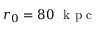
r _ { 0 } = 8 0 ~ \mathrm { ~ k ~ p ~ c ~ }